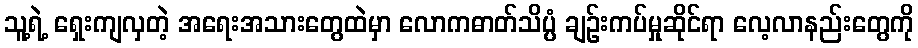
သူ့ရဲ့ ရှေးကျလှတဲ့ အရေးအသားတွေထဲမှာ လောကဓာတ်သိပ္ပံ ချဉ်းကပ်မှုဆိုင်ရာ လေ့လာနည်းတွေကို